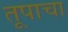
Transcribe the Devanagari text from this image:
तूपाचा